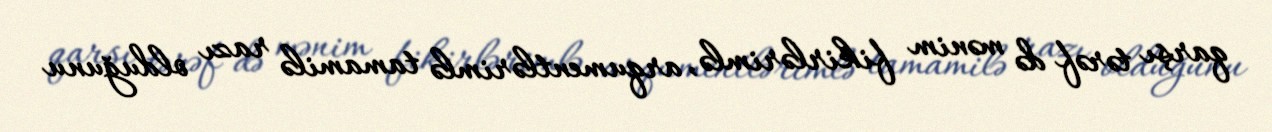
qarşı tərəf də mənim fikirlərimlə, arqumentlərimlə tamamilə razı olduğunu